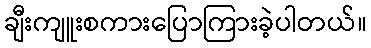
ချီးကျူးစကားပြောကြားခဲ့ပါတယ်။